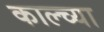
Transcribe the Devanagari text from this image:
काल्च्या